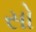
સો